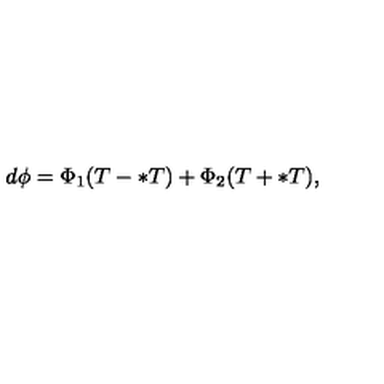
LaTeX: d \phi = \Phi _ { 1 } ( T - \ast T ) + \Phi _ { 2 } ( T + \ast T ) ,